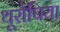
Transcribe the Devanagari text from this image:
थूरोपिया